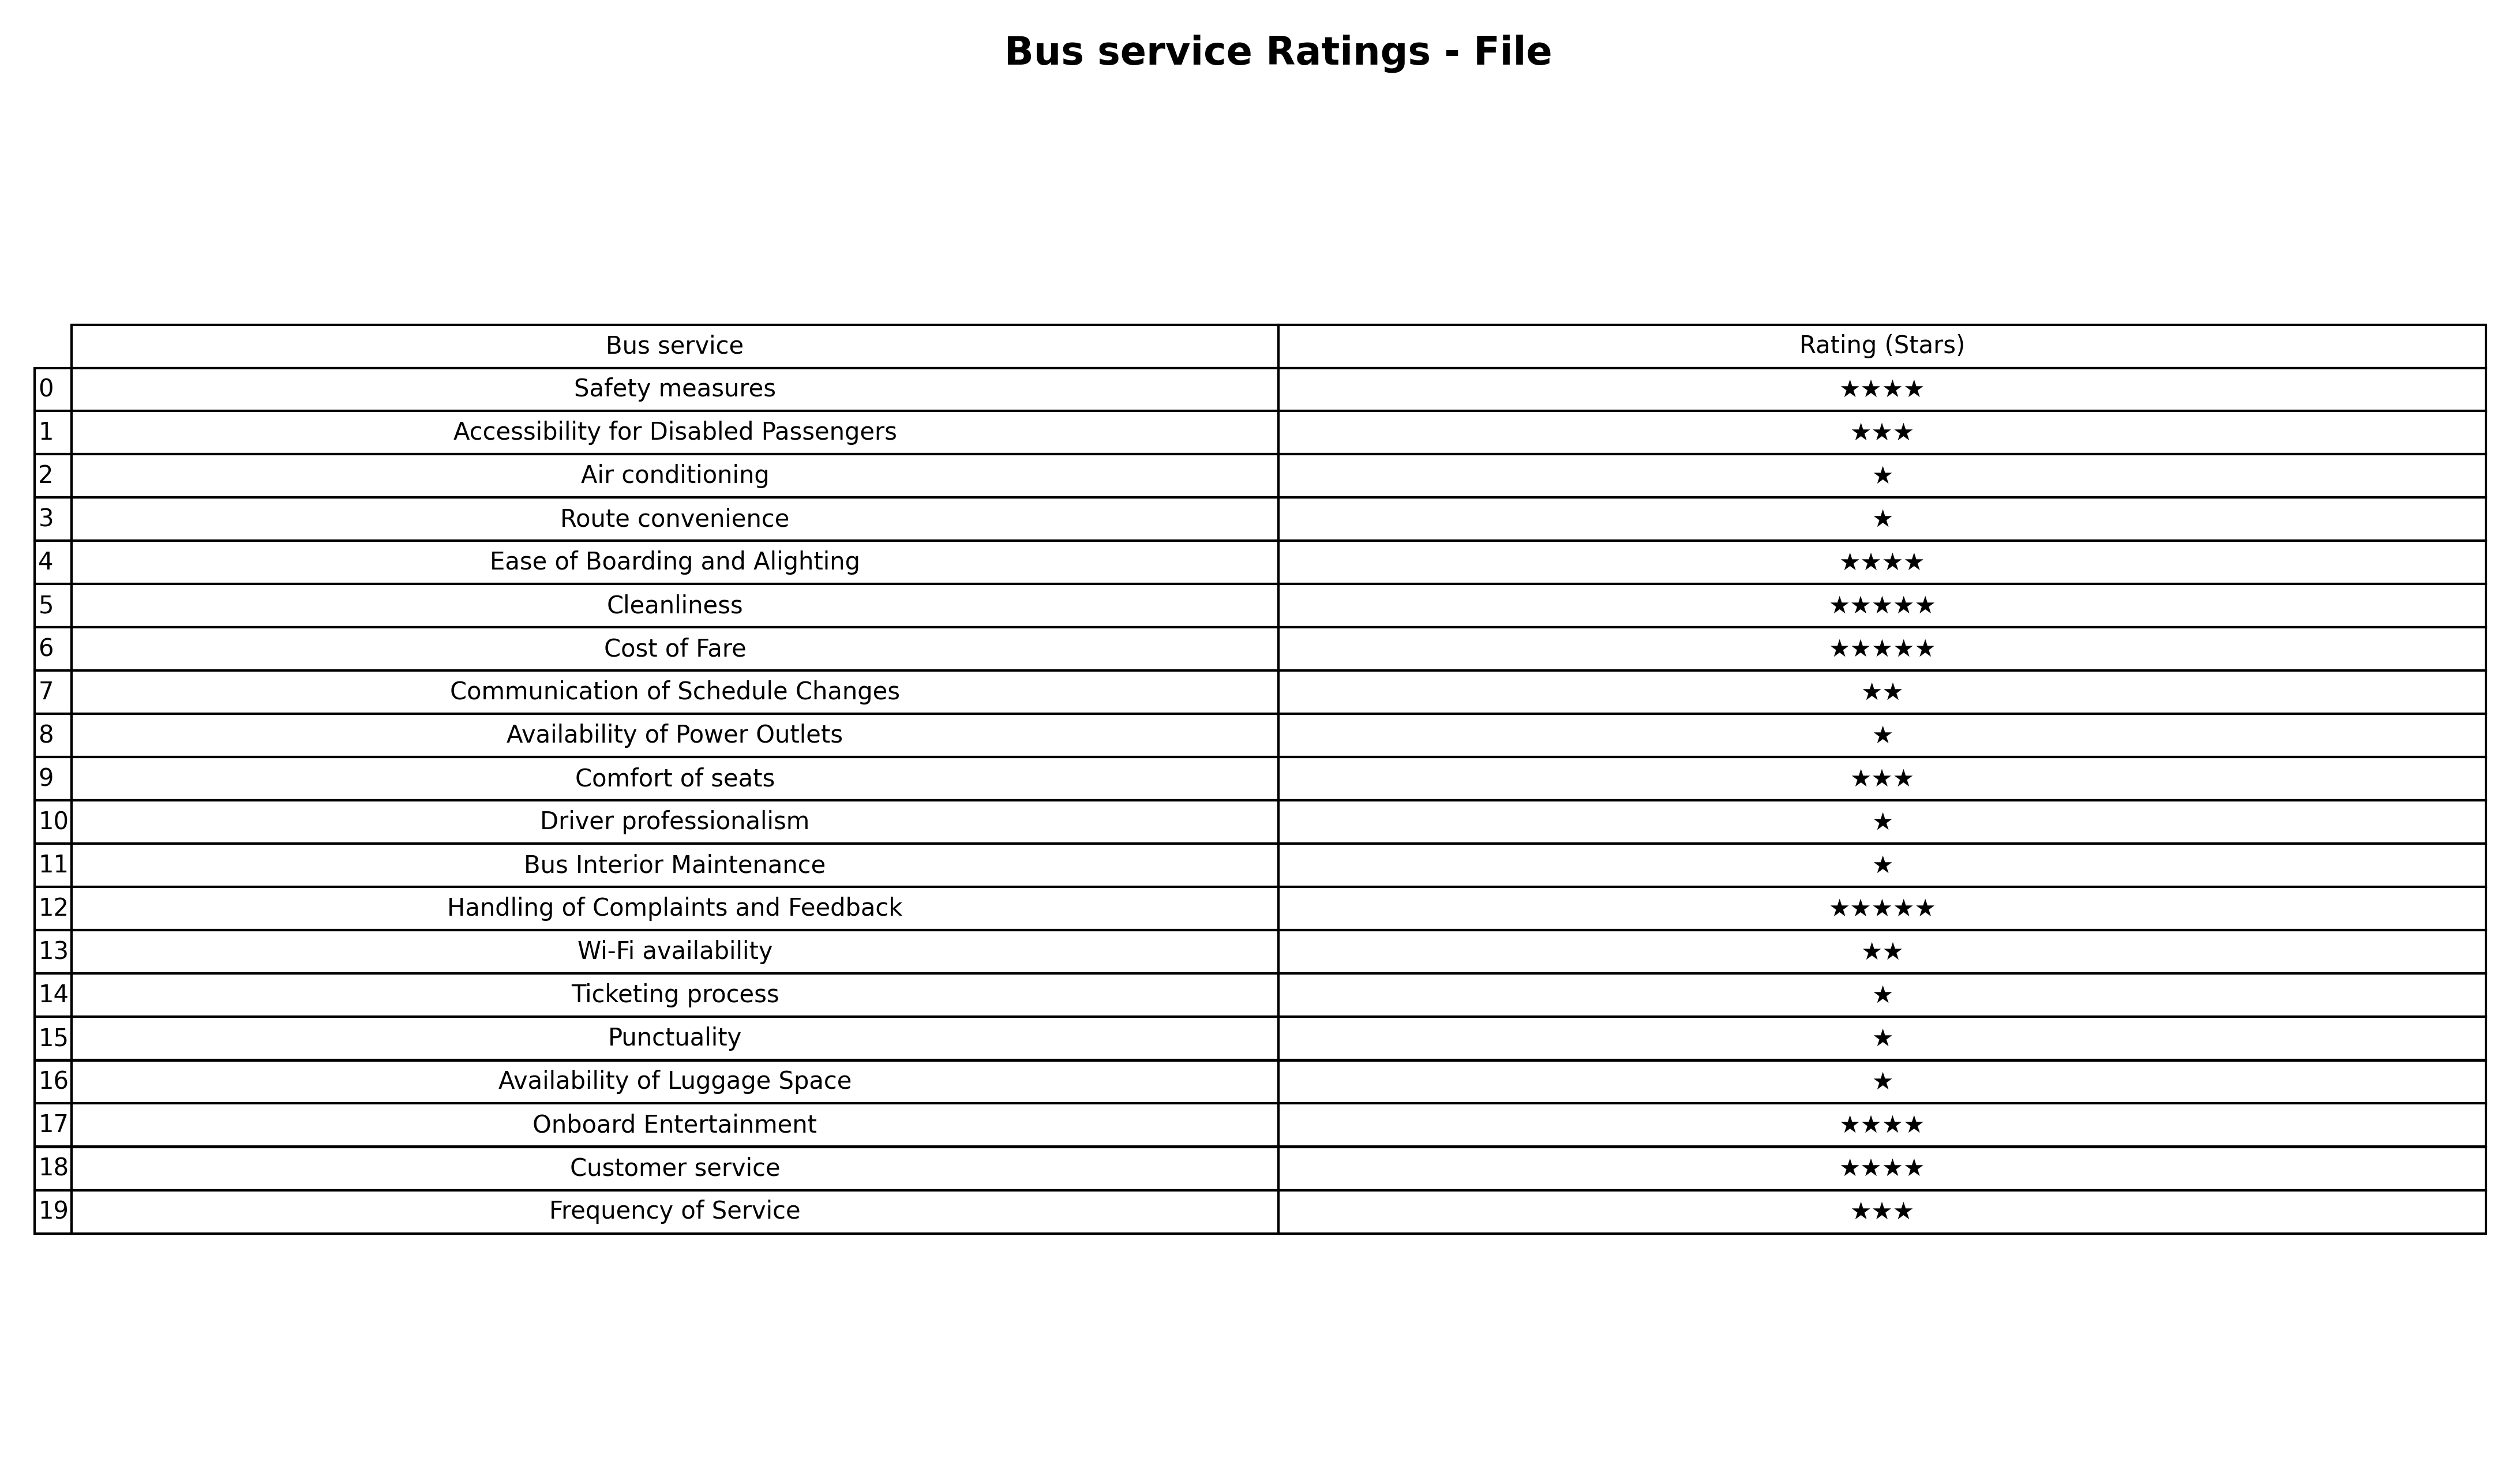
question: What are lowest rating services?
answer: Communication of Schedule ChangesWi-Fi availability